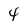
Character: 4